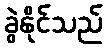
ခွဲနိုင်သည်